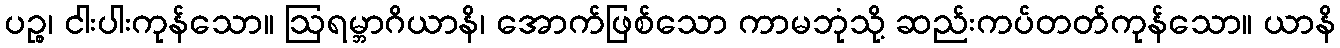
ပဉ္စ၊ ငါးပါးကုန်သော။ ဩရမ္ဘာဂိယာနိ၊ အောက်ဖြစ်သော ကာမဘုံသို့ ဆည်းကပ်တတ်ကုန်သော။ ယာနိ